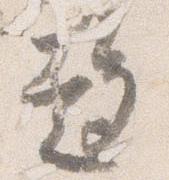
趨